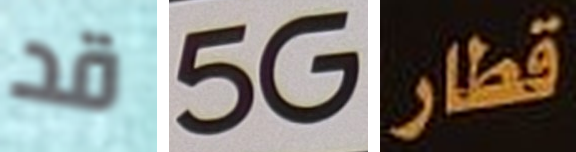
قد 5G قطار